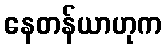
နေတန်ယာဟုက